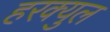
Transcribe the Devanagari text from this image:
हरक्युल